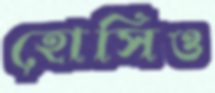
হোসিও